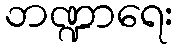
ဘဏ္ဍာရေး